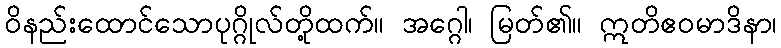
ဝိနည်းထောင်သောပုဂ္ဂိုလ်တို့ထက်။ အဂ္ဂေါ၊ မြတ်၏။ ဣတိဧဝမာဒိနာ၊